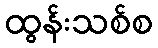
ထွန်းသစ်စ